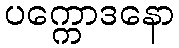
ပက္ကောဒနော